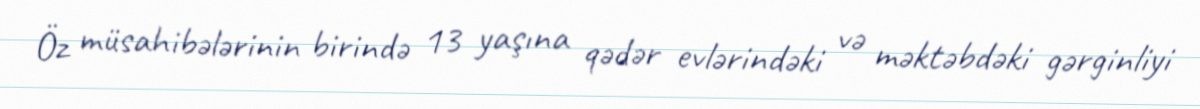
Öz müsahibələrinin birində 13 yaşına qədər evlərindəki və məktəbdəki gərginliyi